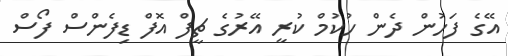
އޭގެ ފަހުން ދެން ހުކުމް ކުރީ އޭރުގެ ޗީފް އޮފް ޑިފެންސް ފޯސް